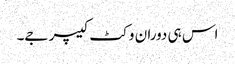
اس ہی دوران وکٹ کیپر جے۔